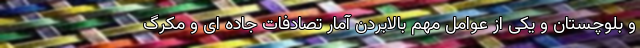
و بلوچستان و یکی از عوامل مهم بالابردن آمار تصادفات جاده ای و مکرگ